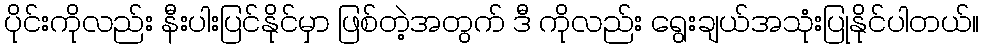
ပိုင်းကိုလည်း နီးပါးပြင်နိုင်မှာ ဖြစ်တဲ့အတွက် ဒီ ကိုလည်း ရွေးချယ်အသုံးပြုနိုင်ပါတယ်။